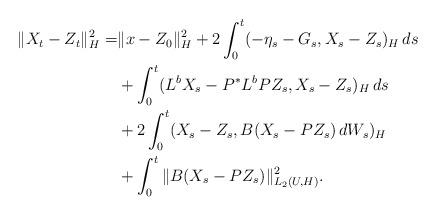
LaTeX: \begin{align*}\begin{aligned}\|X_{t}-Z_{t}\|_{H}^{2}= & \|x-Z_{0}\|_{H}^{2}+2\int_{0}^{t}(-\eta_{s}-G_{s},X_{s}-Z_{s})_{H}\,ds\\ & +\int_{0}^{t}(L^{b}X_{s}-P^{\ast}L^{b}PZ_{s},X_{s}-Z_{s})_{H}\,ds\\ & +2\int_{0}^{t}(X_{s}-Z_{s},B(X_{s}-PZ_{s})\,dW_{s})_{H}\\ & +\int_{0}^{t}\|B(X_{s}-PZ_{s})\|_{L_{2}(U,H)}^{2}.\end{aligned}\end{align*}